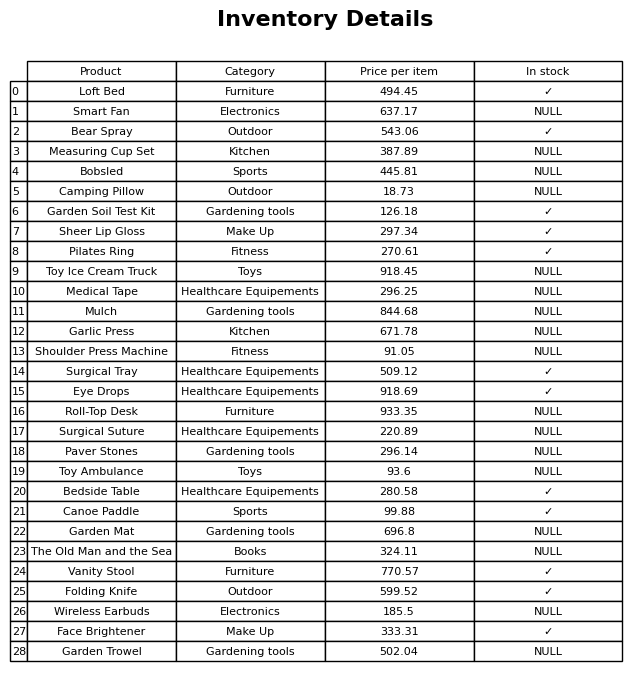
question: Is the Folding Knife in stock?
answer: ✓